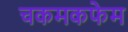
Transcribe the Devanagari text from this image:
चकमकफेम